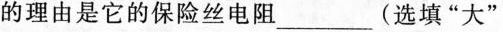
的理由是它的保险丝电阻___(选填”大”